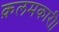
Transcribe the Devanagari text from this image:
क़लमकारी।